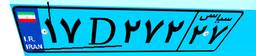
۱۷D۲۷۲۲۷